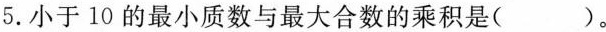
5.小于10的最小质数与最大合数的乘积是( )。